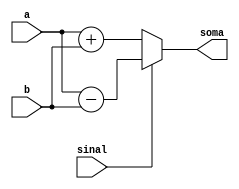
module somador(a,b,sinal,soma);

    input [4:0] a;
    input [4:0] b;
    input sinal;
    output reg [5:0] soma;

    always @(a,b) begin
        if (sinal == 1'b0) begin
            soma = a + b;
        end  
        else begin
            soma <= a - b;
        end
      
    end

endmodule